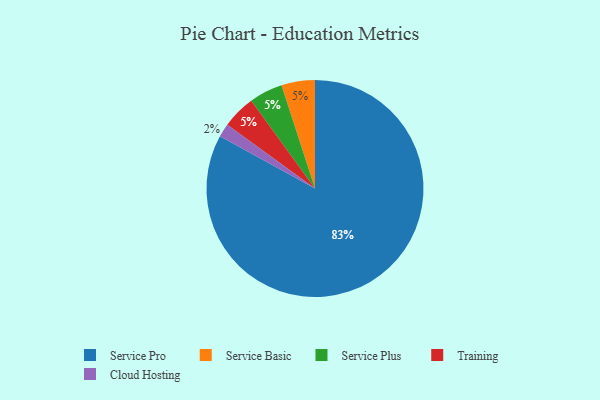
{"axis": {"x": "Category", "y": "Percentage"}, "legend": ["Cloud Hosting", "Service Basic", "Service Plus", "Service Pro", "Training"], "data": [{"x": "Service Basic", "y": 5, "type": "Service Basic"}, {"x": "Cloud Hosting", "y": 2, "type": "Cloud Hosting"}, {"x": "Service Plus", "y": 5, "type": "Service Plus"}, {"x": "Training", "y": 5, "type": "Training"}, {"x": "Service Pro", "y": 83, "type": "Service Pro"}]}